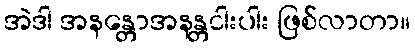
အဲဒါ အနန္တောအနန္တငါးပါး ဖြစ်လာတာ။